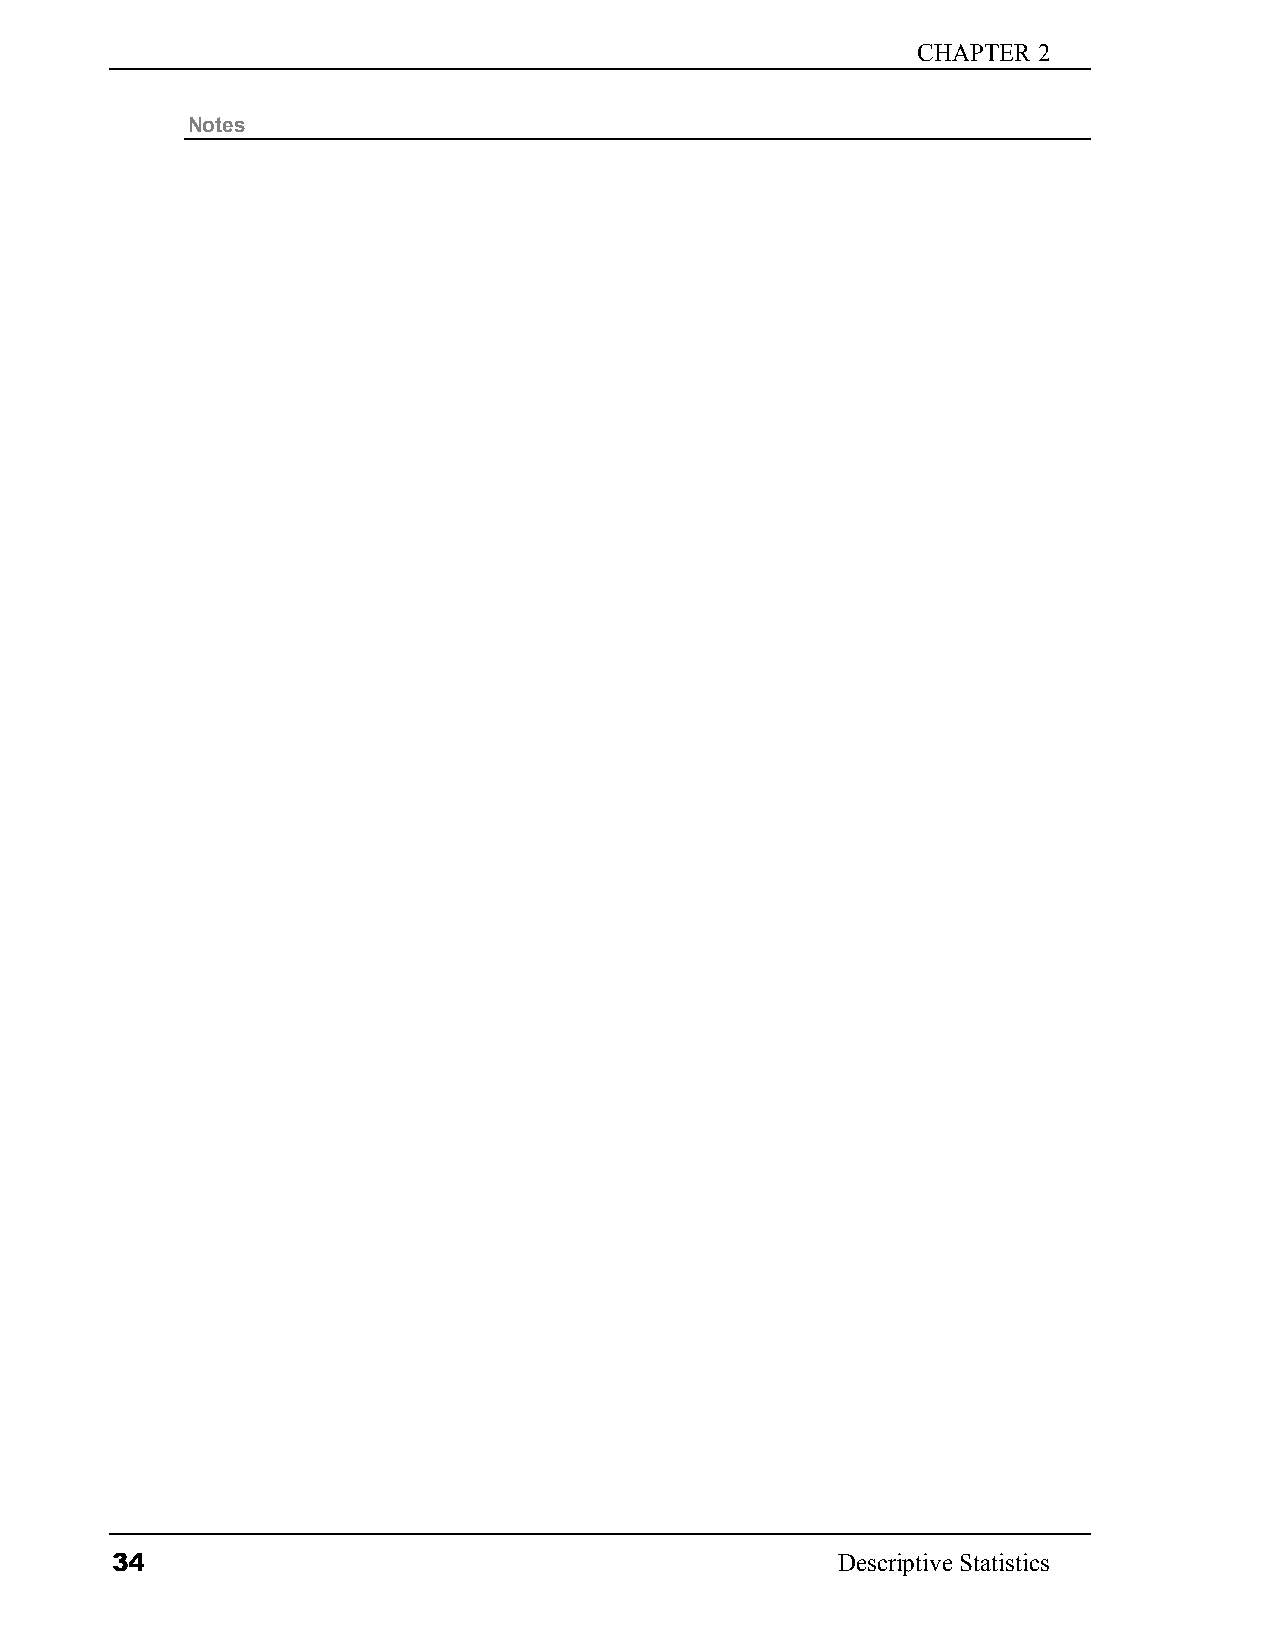
CHAPTER 2
 Notes
 34                                              Descriptive Statistics